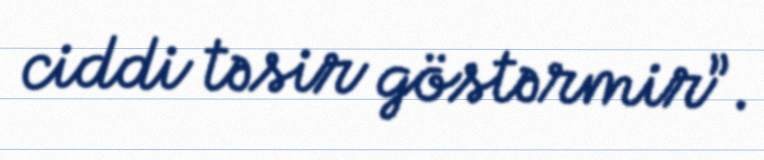
ciddi təsir göstərmir”.